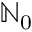
\ensuremath { \mathbb { N } } _ { 0 }